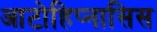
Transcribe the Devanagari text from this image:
आटोहिप्नासिस